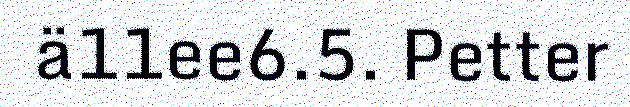
ä11ee6.5. Petter